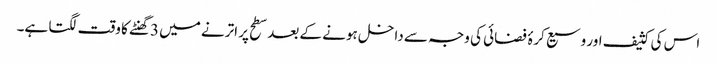
اس کی کثیف اور وسیع کرۂ فضائی کی وجہ سے داخل ہونے کے بعد سطح پر اترنے میں 3گھنٹے کا وقت لگتا ہے۔